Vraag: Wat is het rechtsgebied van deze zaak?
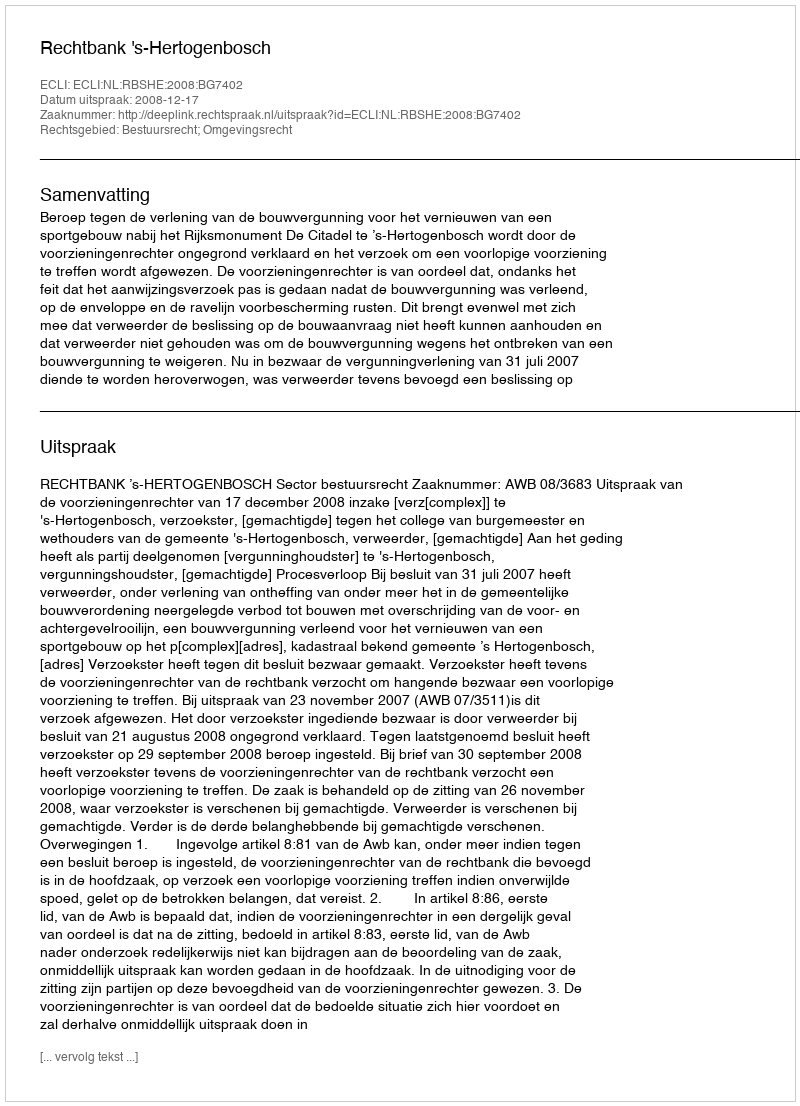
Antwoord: Bestuursrecht; Omgevingsrecht